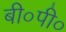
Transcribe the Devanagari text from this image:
बी०पी०